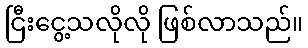
ငြီးငွေ့သလိုလို ဖြစ်လာသည်။